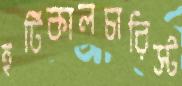
হর্টিকালচারিস্ট